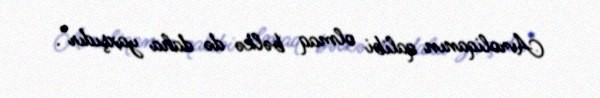
Avroliqanın qalibi olmaq bəlkə də daha yaxşıdır".